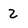
Character: Z